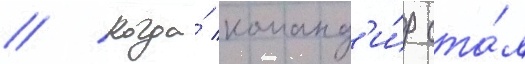
// Когда́ команд'и́р ста́л